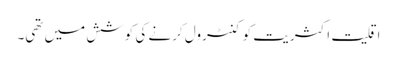
اقلیت اکثریت کو کنٹرول کرنے کی کوشش میں تھی۔